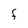
Character: F